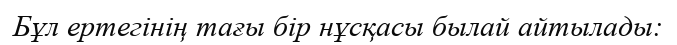
Бұл ертегінің тағы бір нұсқасы былай айтылады: